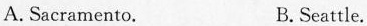
A. Sacramento. B.Scattle.